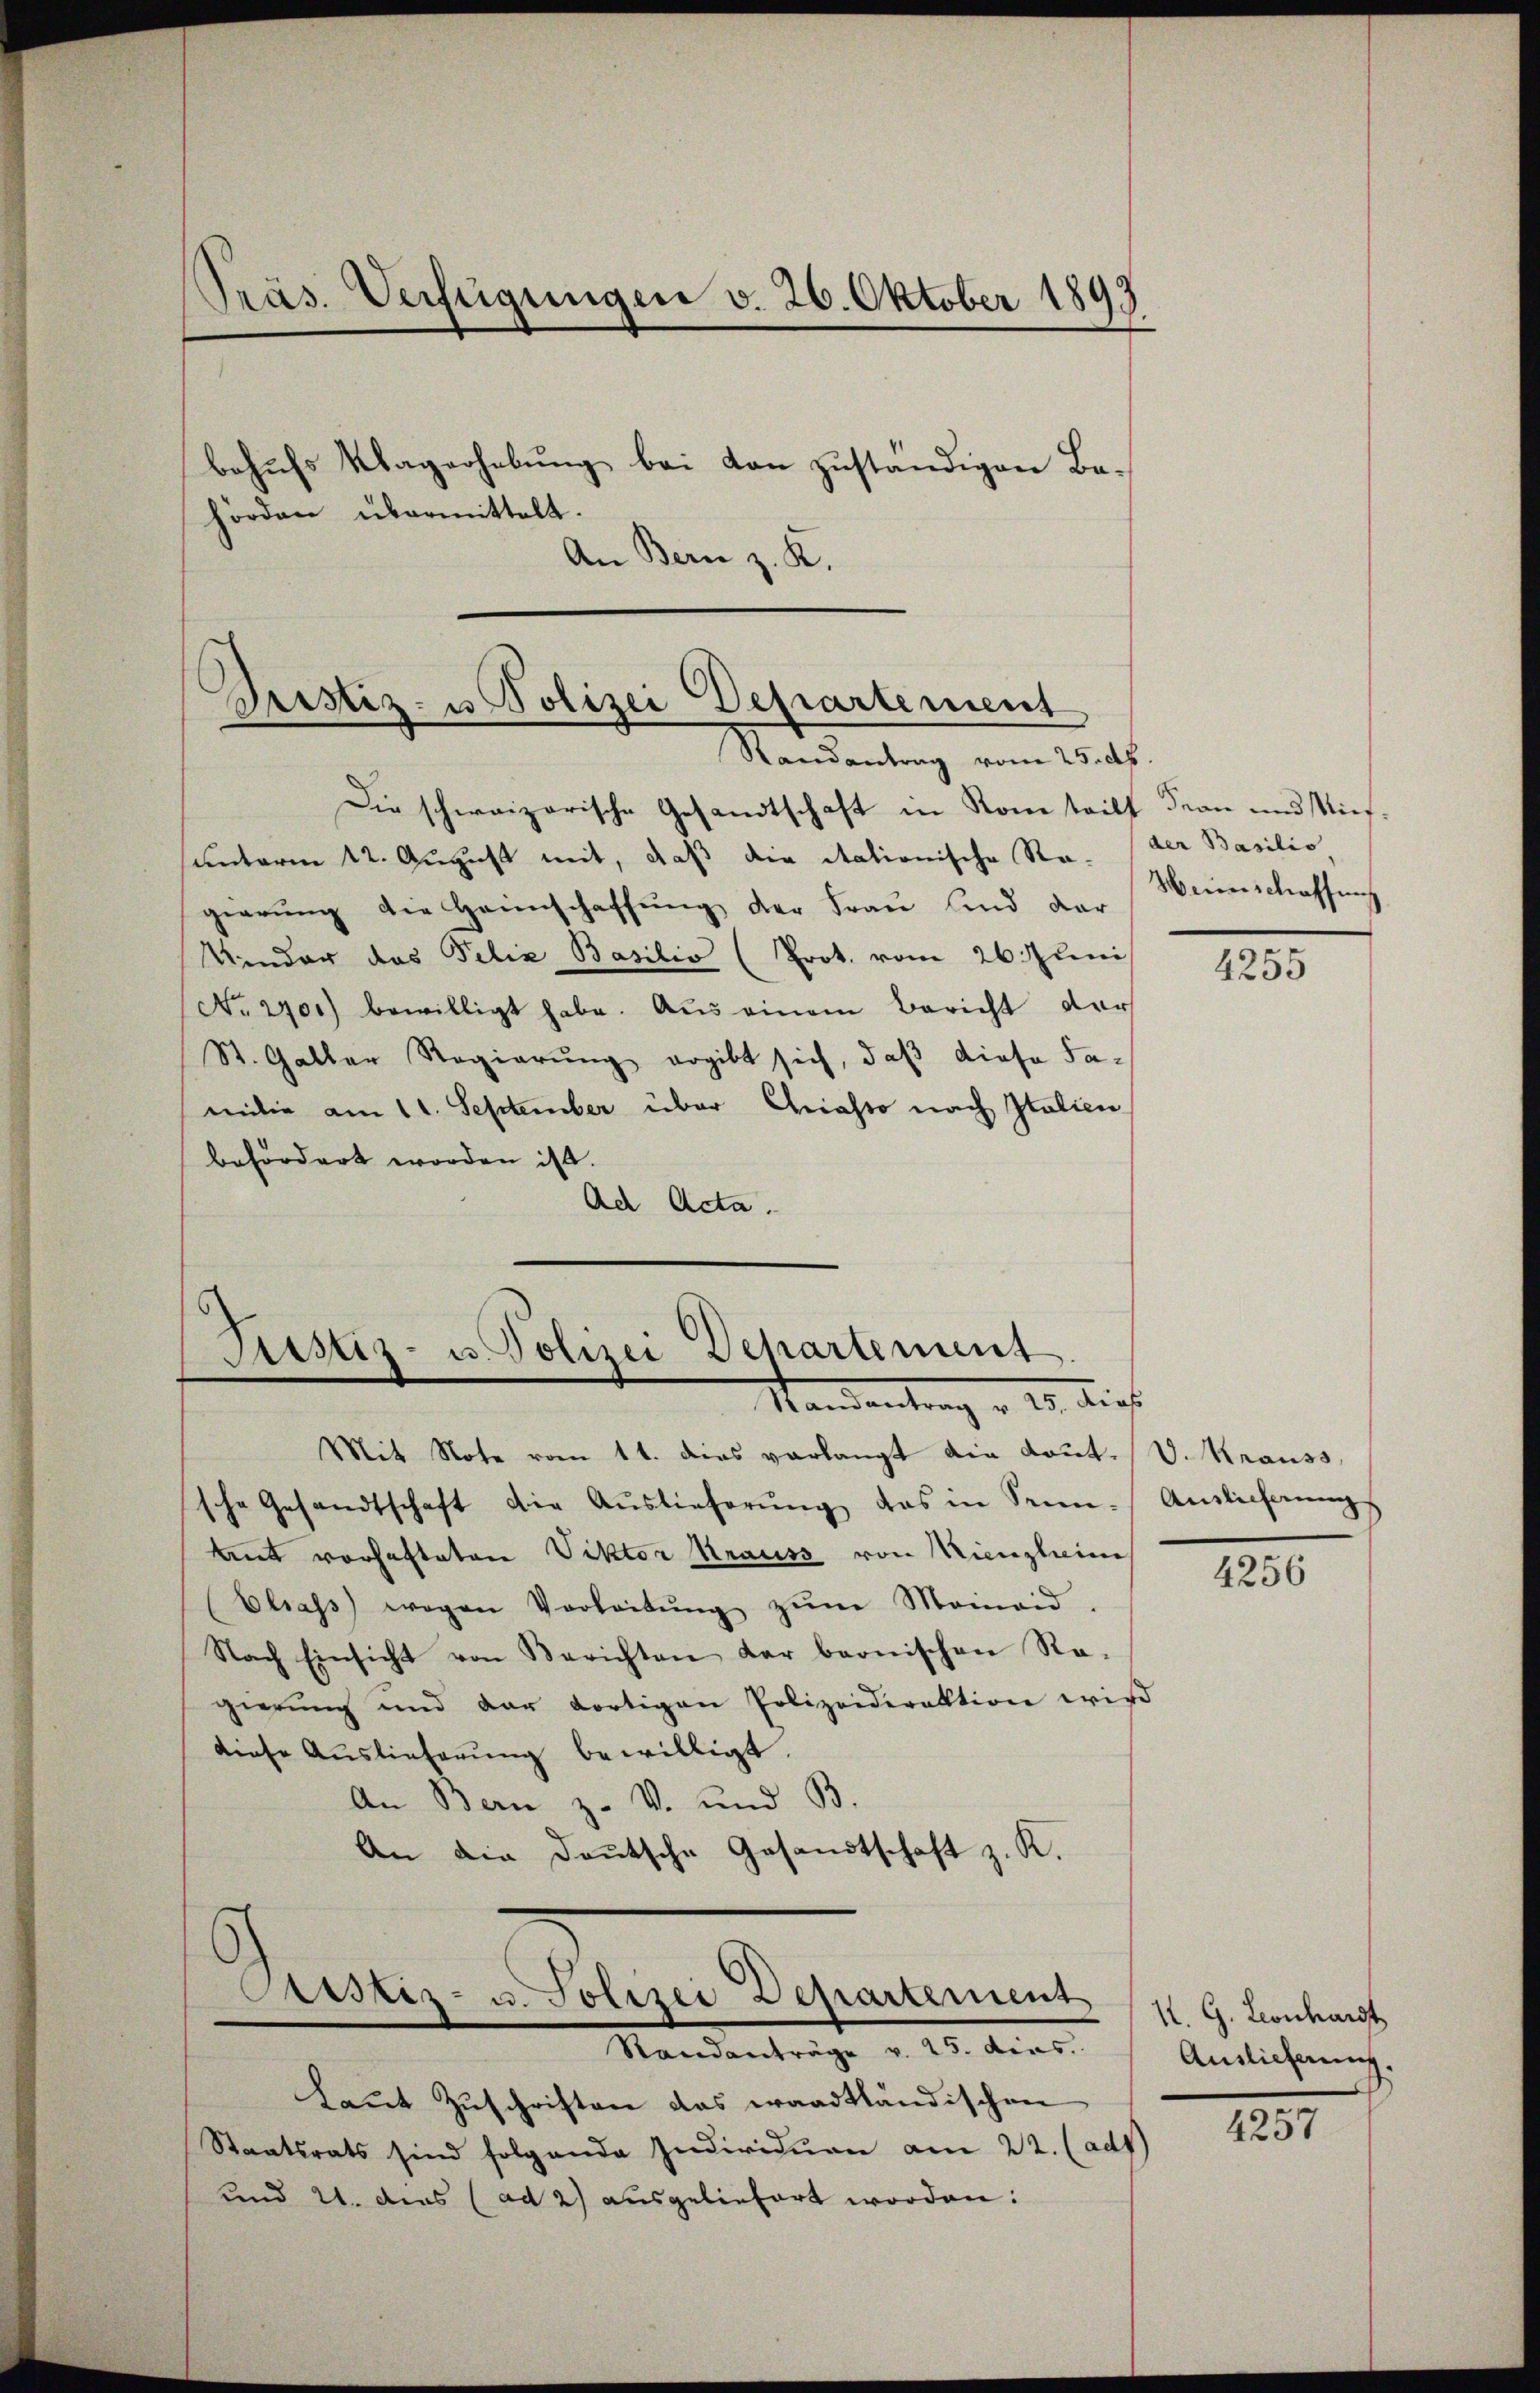
Präs. Verfügungen v. 26. Oktober 1893
behufs Klagerhebung bei von zuständigen Bahörden übermittelt.
An Bern z. K.

Bustiz- u Polizei Departement
Randantrag vom 25. ds.

Die schweizerische Gesandtschaft in Konteils dran und Niessunterm 12. August mit, daß die itationische Ro- (der Basilio
gierŭng die Heimschaffŭng der Frau sind dar
Kinder das Felix Basilio (Prot. vom 26. Juni
No. 270.) bewilligt habe. Aus einem Bericht der
St. Galler Regierŭng ergibt sich, daβ diese Familie am 11. September über Christo nach Italien
befördert worden ist.
Ad Acta.

Sistiz- u. Polizei Departement.
Randantrag v. 25. dies

Mit Note vom 11. dies verlangt die Kant. V. Krauss,
sche Gesandtschaft die Aŭslieferŭng das in Sein-Antlicherŭng
mt vorhafteten Viktor Krauss von Nienzleine
Elsass wegen Verleitŭng zŭm Monnaid.
Nach Einsicht von Berichten dar beonischen Ra-
gierŭng und dar dortigen Polizeidirektion wird
diese Auslieferung bewilligt.
An Bern z. V. und B
An die Deutsche Gesandtschaft z. K.

Arstiz- u. Polizei Departement
Mandanträge v. 25. dies

Laut Zuschriften das waadtländischen
Staatsrats sind folgende Individuen am 22. (adt)
und 21. des (ad 2) ausgeliefert worden:

Weinschaffen

4255

4256

1. G. Leonhardt
Auslicherung.

4257